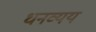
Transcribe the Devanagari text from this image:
धनव्यय